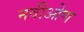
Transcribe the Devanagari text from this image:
नवीओण